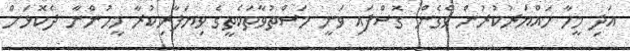
އަދި މީހާ ހައްޔަރުކުރުން ވެގެން ގޮސްފައި ވަނީ މަސްތުވާތަކެތީގެ ވިޔަފާރިކުރާ މީހުންނާ ދެކޮޅަށް